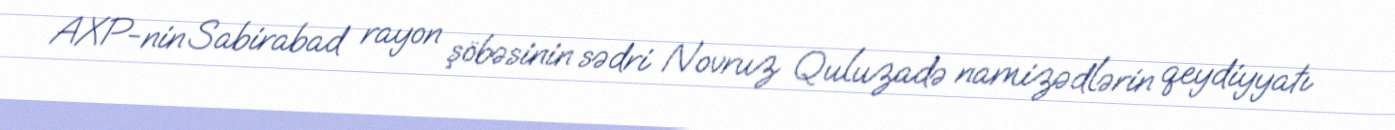
AXP-nin Sabirabad rayon şöbəsinin sədri Novruz Quluzadə namizədlərin qeydiyyatı